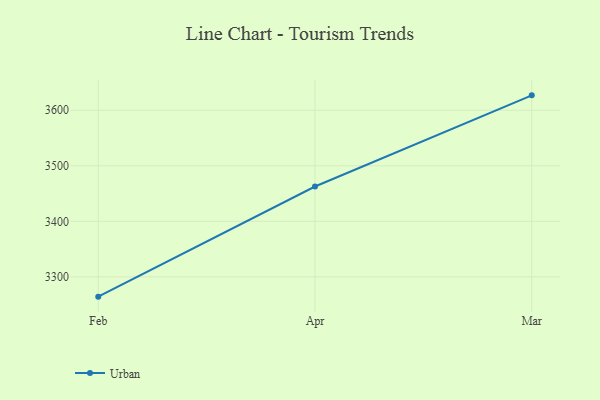
{"axis": {"x": "Month", "y": "Humidity (%)"}, "legend": ["Urban"], "data": [{"x": "Feb", "y": 3264.3, "type": "Urban"}, {"x": "Apr", "y": 3462.7, "type": "Urban"}, {"x": "Mar", "y": 3626.9, "type": "Urban"}]}